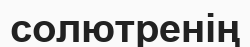
солютренің